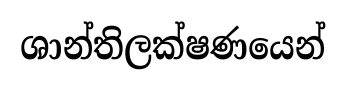
ශාන්තිලක්ෂණයෙන්